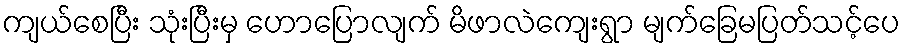
ကျယ်စေပြီး သုံးပြီးမှ ဟောပြောလျက် မိဖာလဲကျေးရွာ မျက်ခြေမပြတ်သင့်ပေ